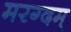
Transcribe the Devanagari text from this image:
मरग्दम्